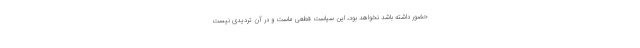
حضور داشته باشد نخواهد بود، این سیاست قطعی ماست و در آن تردیدی نیست